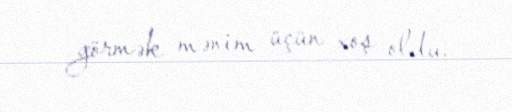
görmək mənim üçün xoş oldu.